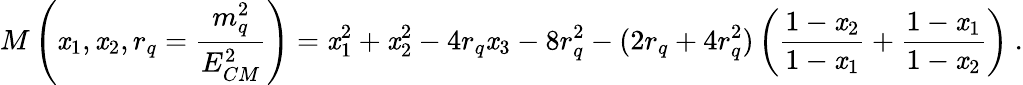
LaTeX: M\left(\mathit{x}_{1},\mathit{x}_{2},r_{q}=\frac{{m_{q}^{2}}}{{E_{CM}^{2}}}\right)=\mathit{x}_{1}^{2}+\mathit{x}_{2}^{2}-4r_{q}\mathit{x}_{3}-8r_{q}^{2}-(2r_{q}+4r_{q}^{2})\left(\frac{{1-\mathit{x}_{2}}}{{1-\mathit{x}_{1}}}+\frac{{1-\mathit{x}_{1}}}{{1-\mathit{x}_{2}}}\right)~.